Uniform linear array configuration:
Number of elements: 48
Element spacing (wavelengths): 0.5
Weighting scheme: cosine
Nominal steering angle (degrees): -60
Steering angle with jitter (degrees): -60.81
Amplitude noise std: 0.05
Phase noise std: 0.05

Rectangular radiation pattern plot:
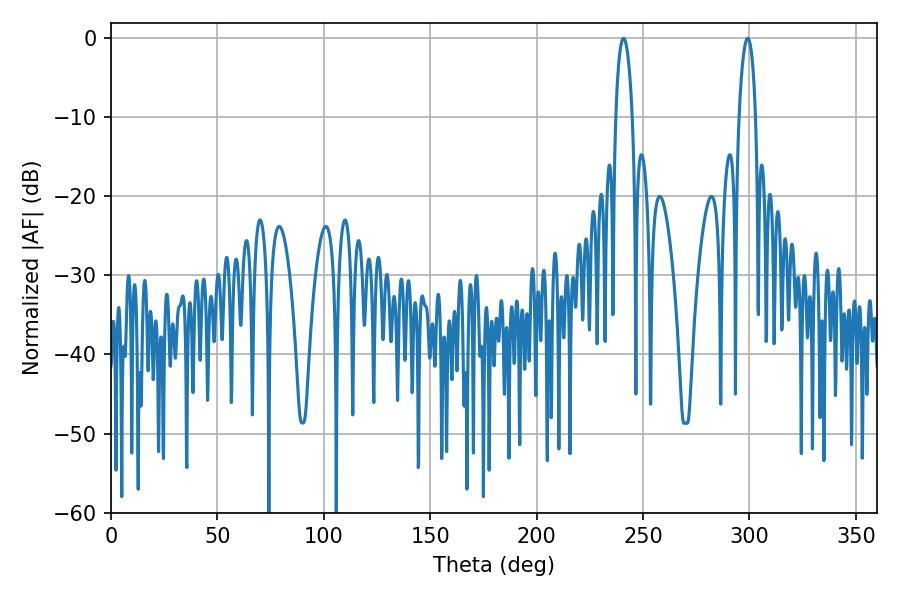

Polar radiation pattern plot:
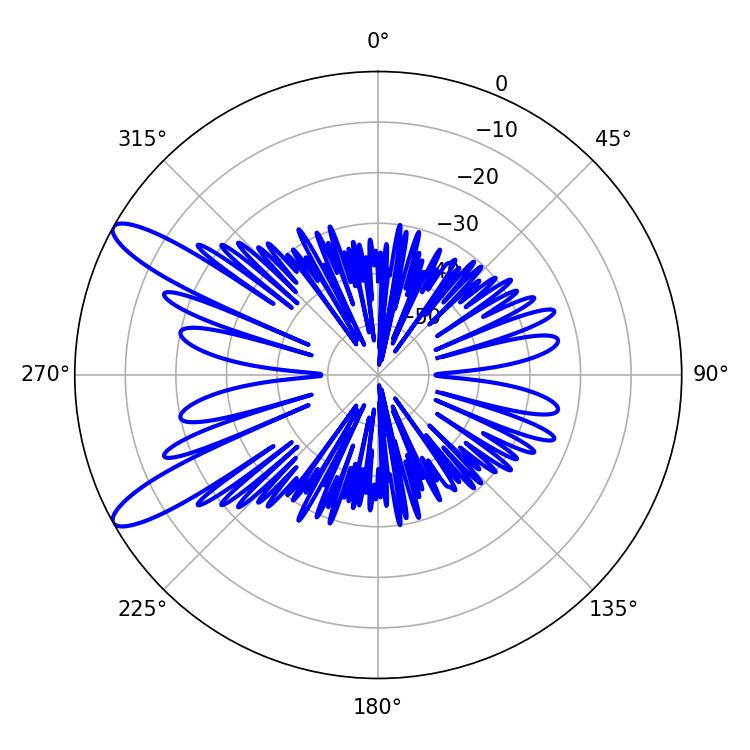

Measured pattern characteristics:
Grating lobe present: FALSE
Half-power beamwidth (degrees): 4.5
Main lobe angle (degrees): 240.84